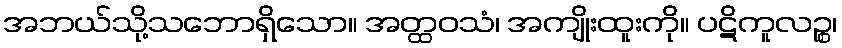
အဘယ်သို့သဘောရှိသော။ အတ္ထဝသံ၊ အကျိုးထူးကို။ ပဋိကူလဉ္စ၊